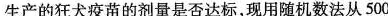
生产的狂犬疫苗的剂量是否达标，现用随机数法从500